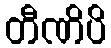
တီဏိပိ